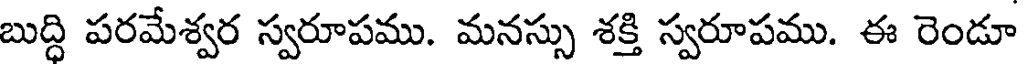
బుద్ది పరమేశ్వర స్వరూపము. మనస్సు శక్తి స్వరూపము. ఈ రెండూ